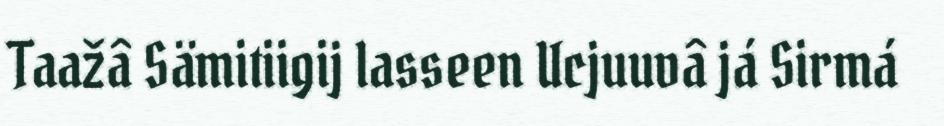
Taažâ Sämitiigij lasseen Ucjuuvâ já Sirmá